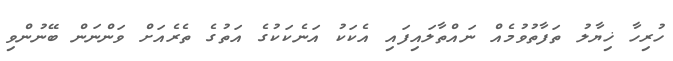
ހުރިހާ ޚިޔާލު ތަފާތުވުމެއް ނައްތާލައިފައި އެކަކު އަނެކަކުގެ އަތުގެ ތެރެއަށް ވަންނަން ބޭނުންވި